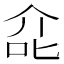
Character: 㖋